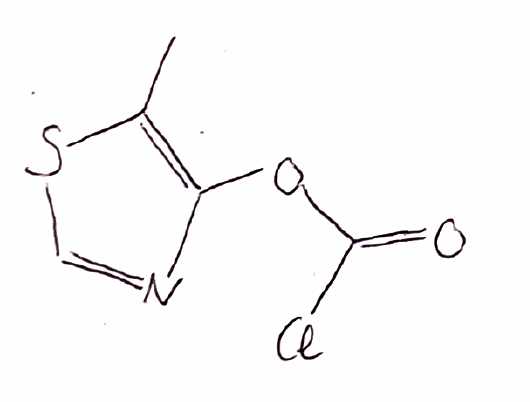
Simplified molecular-input line-entry system (SMILES) notation of the given molecule:
CC1=C(N=CS1)OC(=O)Cl